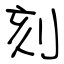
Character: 刻